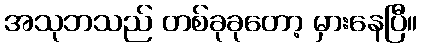
အသုဘသည် တစ်ခုခုတော့ မှားနေပြီ။